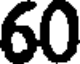
60